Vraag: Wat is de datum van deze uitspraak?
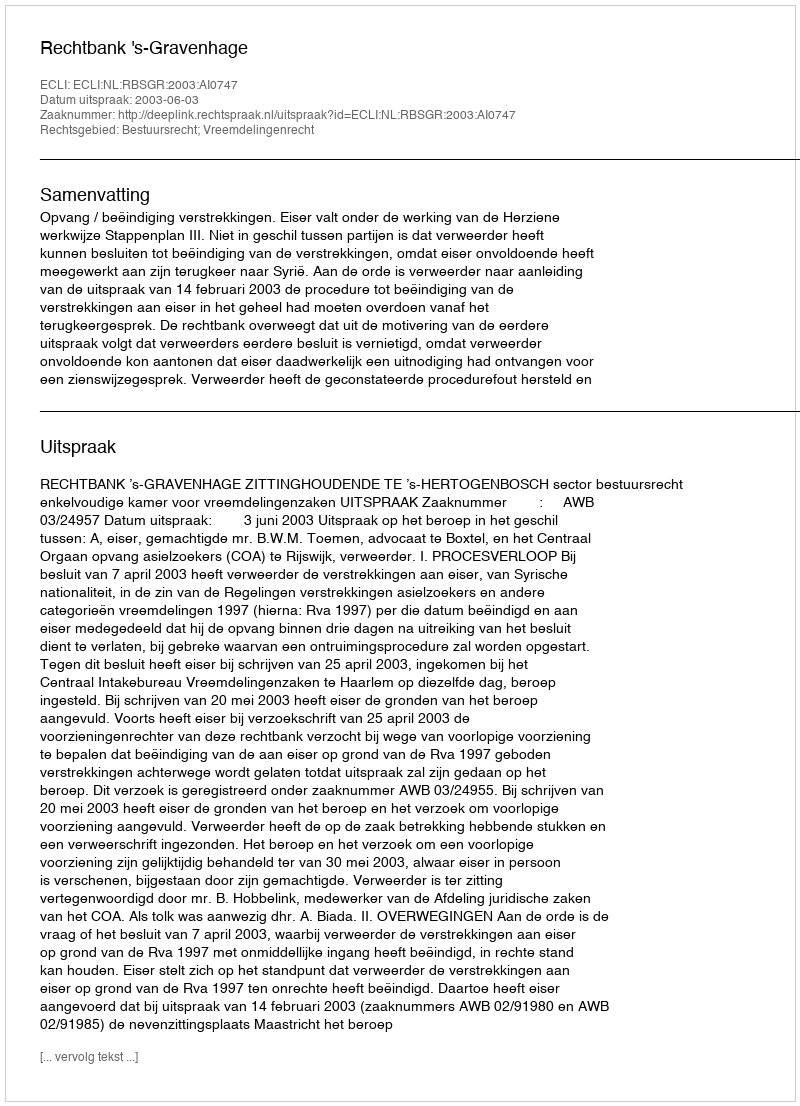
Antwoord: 2003-06-03